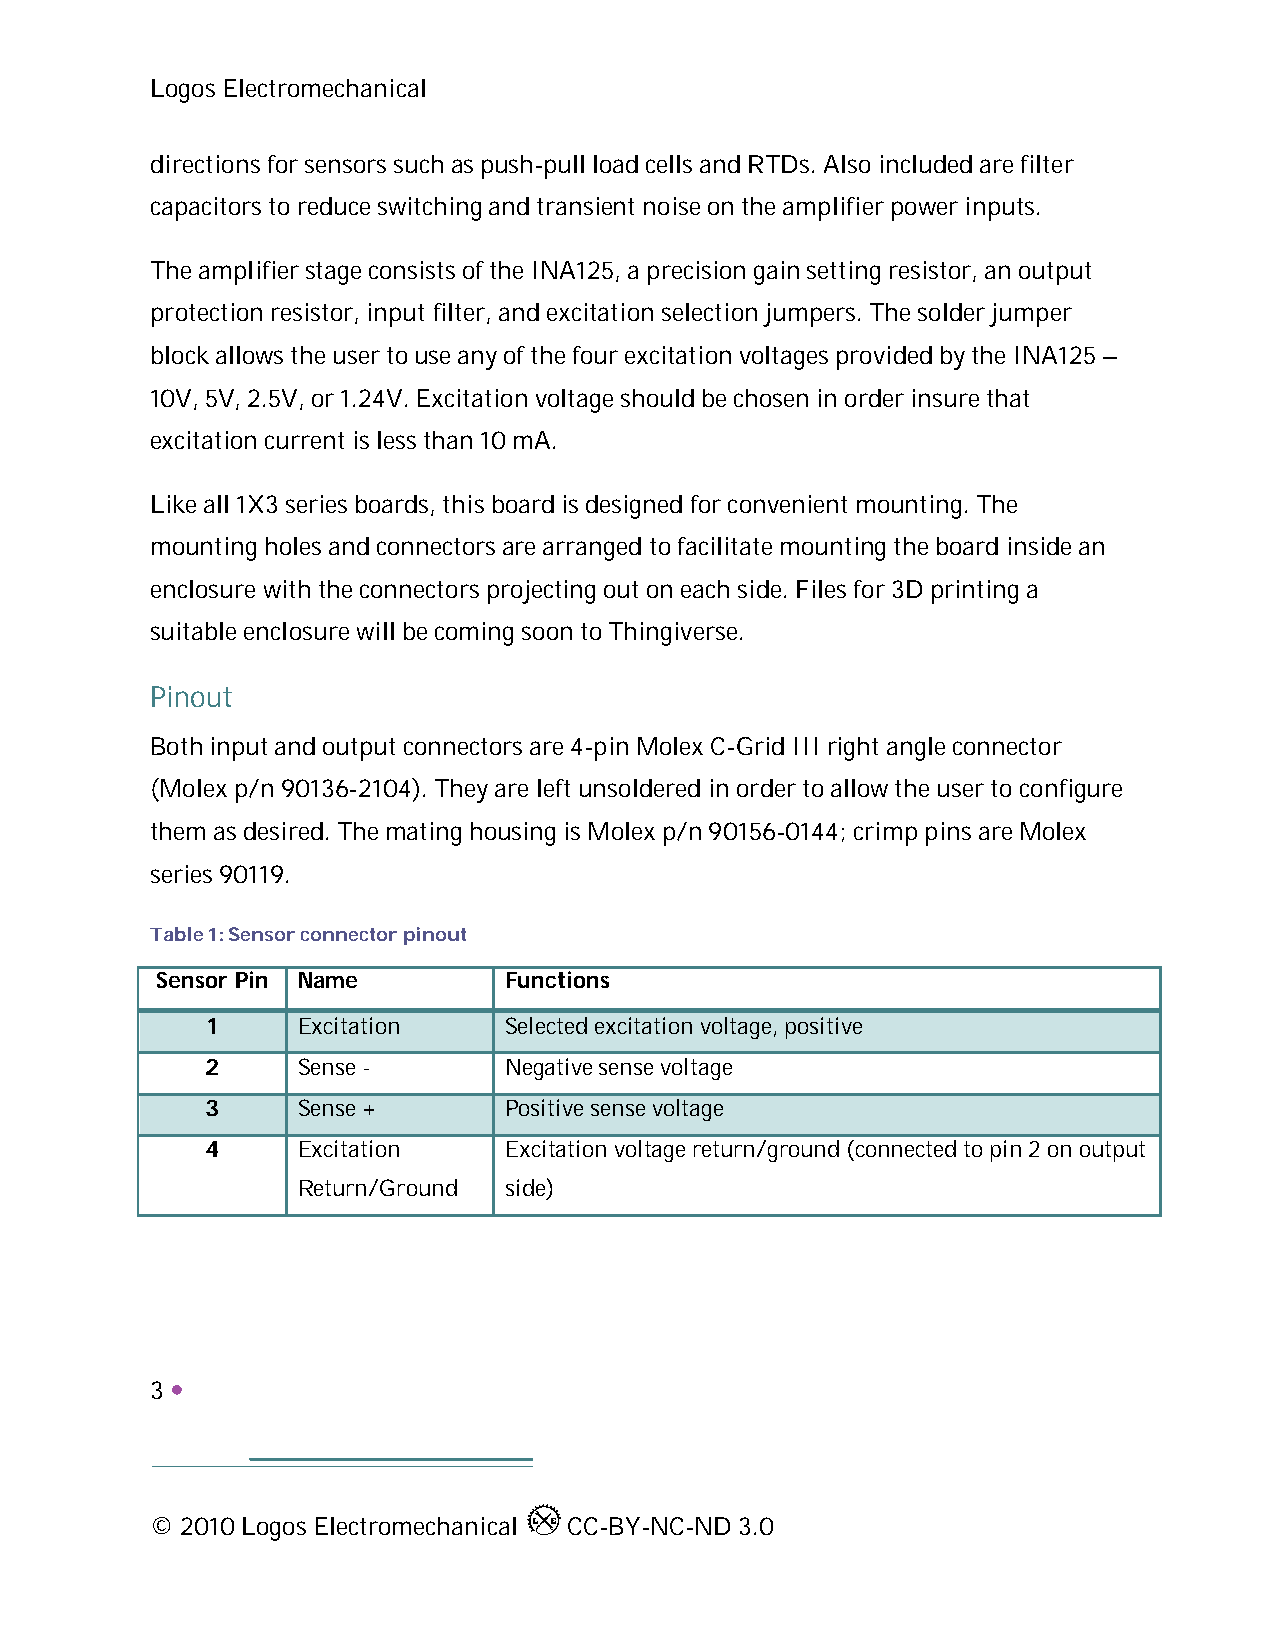
Logos Electromechanical
 directions for sensors such as push-pull load cells and RTDs. Also included are filter
 capacitors to reduce switching and transient noise on the amplifier power inputs.
 The amplifier stage consists of the INA125, a precision gain setting resistor, an output
 protection resistor, input filter, and excitation selection jumpers. The solder jumper
 block allows the user to use any of the four excitation voltages provided by the INA125 –
 10V, 5V, 2.5V, or 1.24V. Excitation voltage should be chosen in order insure that
 excitation current is less than 10 mA.
 Like all 1X3 series boards, this board is designed for convenient mounting. The
 mounting holes and connectors are arranged to facilitate mounting the board inside an
 enclosure with the connectors projecting out on each side. Files for 3D printing a
 suitable enclosure will be coming soon to Thingiverse.
 Pinout
 Both input and output connectors are 4-pin Molex C-Grid III right angle connector
 (Molex p/n 90136-2104). They are left unsoldered in order to allow the user to configure
 them as desired. The mating housing is Molex p/n 90156-0144; crimp pins are Molex
 series 90119.
 Table 1: Sensor connector pinout
 Sensor Pin Name        Functions
 1     Excitation   Selected excitation voltage, positive
 2     Sense -      Negative sense voltage
 3     Sense +      Positive sense voltage
 4     Excitation   Excitation voltage return/ground (connected to pin 2 on output
 Return/Ground side)
 3 
 © 2010 Logos Electromechanical CC-BY-NC-ND 3.0